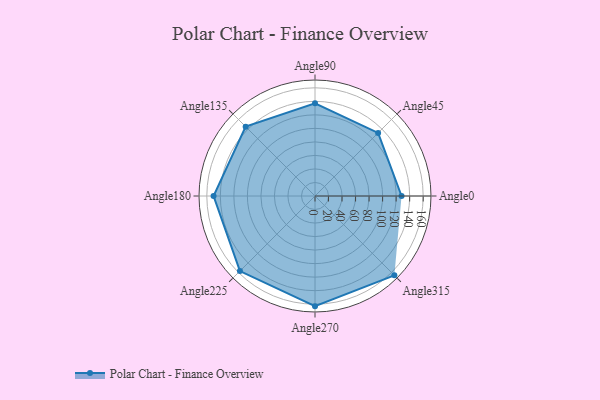
{"axis": {"x": "Angle", "y": "Radius"}, "legend": [""], "data": [{"x": "Angle0", "y": 128.0, "type": ""}, {"x": "Angle45", "y": 132.0, "type": ""}, {"x": "Angle90", "y": 137.0, "type": ""}, {"x": "Angle135", "y": 145.0, "type": ""}, {"x": "Angle180", "y": 150.0, "type": ""}, {"x": "Angle225", "y": 157.0, "type": ""}, {"x": "Angle270", "y": 163.0, "type": ""}, {"x": "Angle315", "y": 166.0, "type": ""}]}